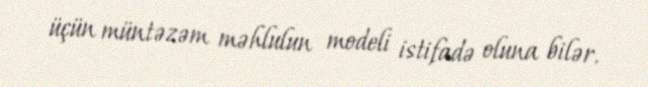
üçün müntəzəm məhlulun modeli istifadə oluna bilər.